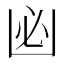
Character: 𠚊